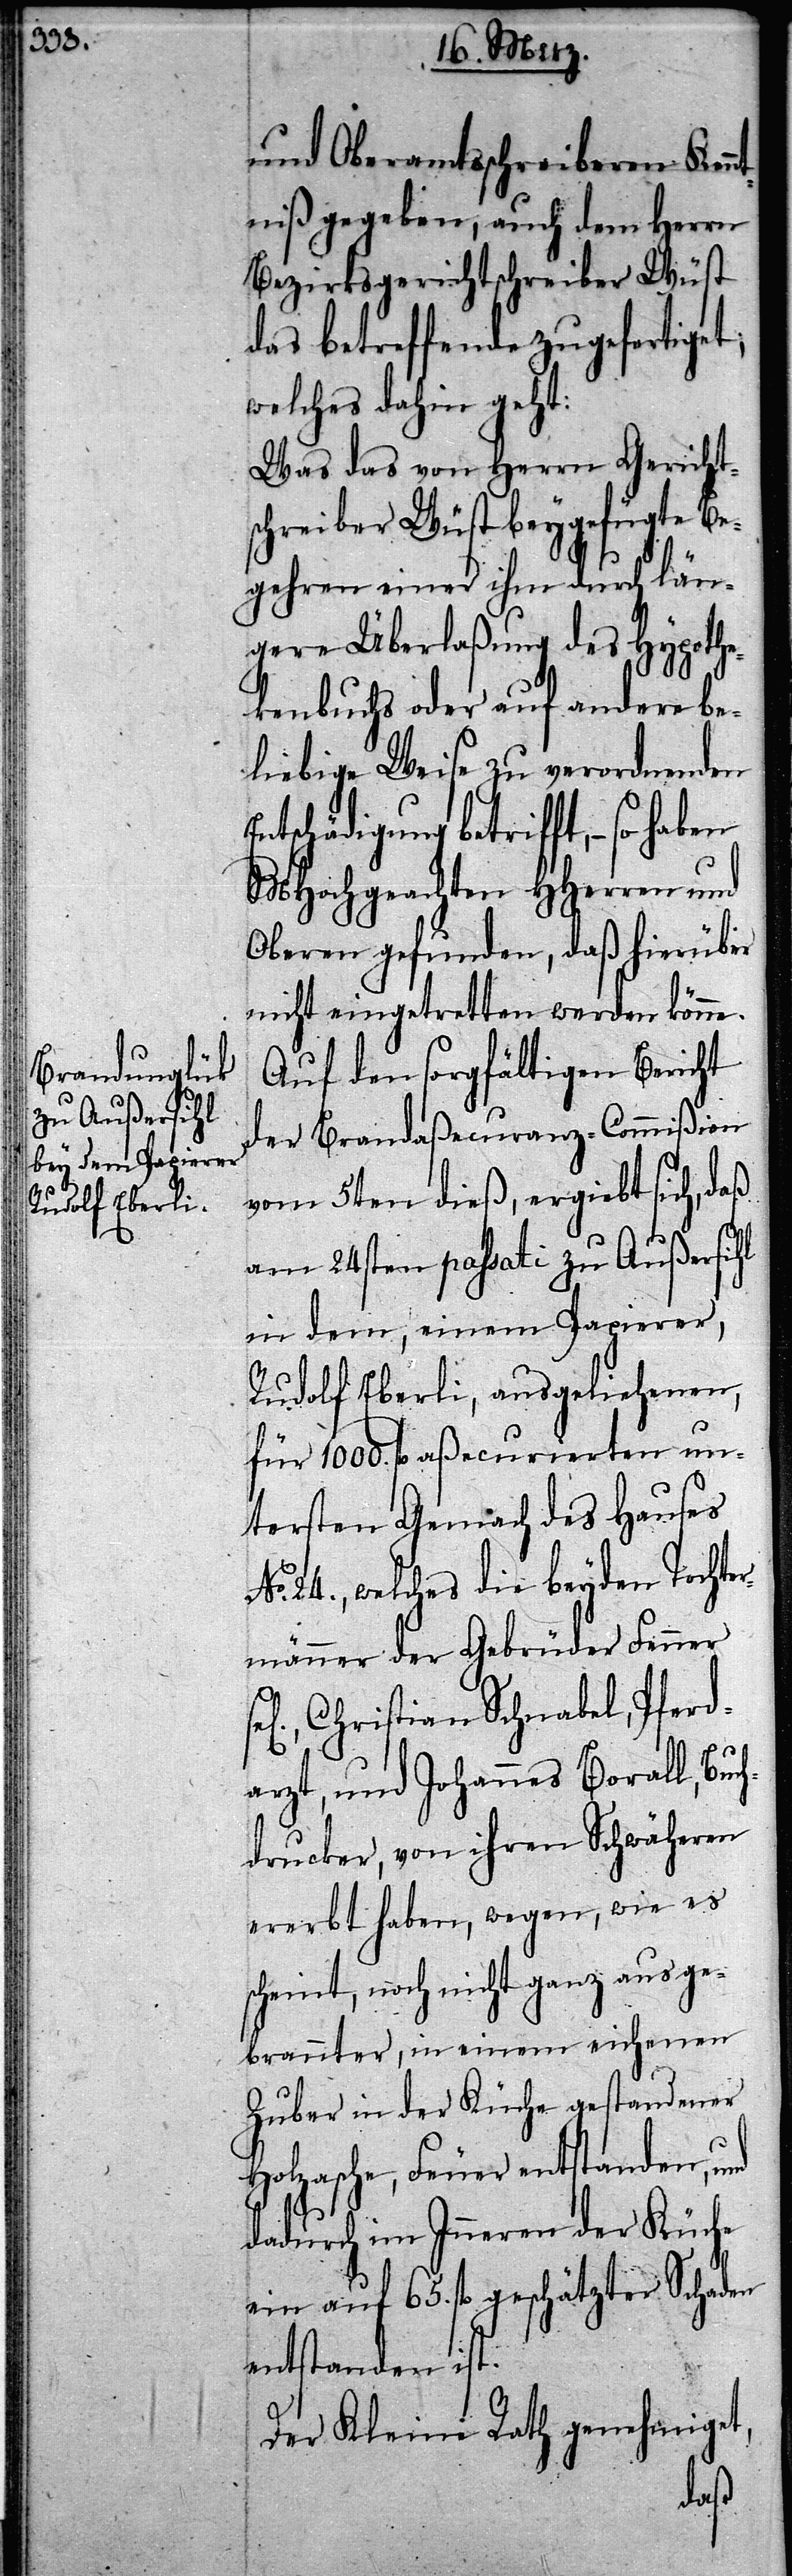
und Oberamtsschreiberen Kenn¬
tniß gegeben, auch dem Herrn
Bezirksgerichtschreiber Wüst
das betreffende zugefertiget;
welches dahin geht:
Was das von Herrn Gericht¬
schreiber Wüst beygefügte Be¬
gehren einer ihm durch län¬
gere Überlaßung des Hypothe¬
kenbuchs oder auf andere be¬
liebige Weise zu verordnenden
Entschädigung betrifft, – so
MHochgeachten HHerren und
Oberen gefunden, daß hierüber
nicht eingetretten werden könne.
Auf den sorgfältigen Bericht
der Brandaßecuranz-Commißion
vom 5ten dieß, ergiebt sich, daß
am 24sten passati zu Außersihl
in dem, einem Papierer,
Rudolf Eberli, ausgeliehenen,
für 1000. fl aßecurierten un¬
tersten Gemach des Hauses
No. 24., welches die beyden Tochte¬
rmänner der Gebrüder Fenner
Christian Schnabel, Pferd¬
arzt, und Johannes Borall, Buc¬
hdrucker, von ihren Schwäheren
ererbt haben, wegen, wie es
scheint, noch nicht ganz ausge¬
brannter, in einem eichenen
Zuber in der Küche gestandener
Holzasche, Feuer entstanden, und
dadurch im Inneren der Küche
ein auf 65. fl geschätzter Schaden
entstanden ist.
Der Kleine Rath genehmiget,